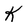
Character: K